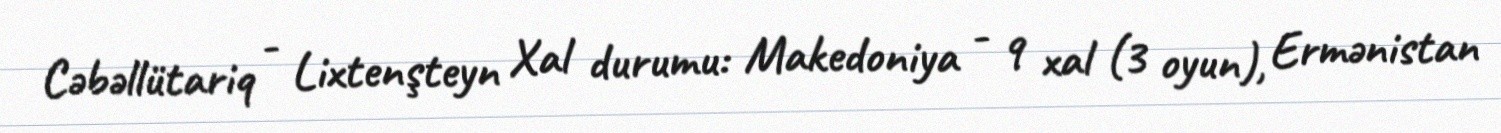
Cəbəllütariq - Lixtenşteyn Xal durumu: Makedoniya - 9 xal (3 oyun), Ermənistan